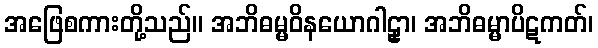
အဖြေစကားတို့သည်။ အဘိဓမ္မဝိနယောဂါဠှာ၊ အဘိဓမ္မာပိဋကတ်၊